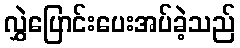
လွှဲပြောင်းပေးအပ်ခဲ့သည်